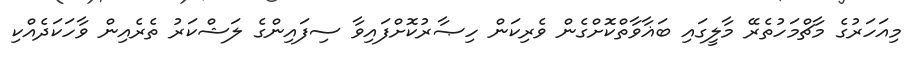
މިއަހަރުގެ މާޗްމަހުތެރޭ މާލީގައި ބަޣާވާތްކޮށްގެން ވެރިކަން ހިޞާރުކޮށްފައިވާ ސިފައިންގެ ލަޝްކަރު ތެރެއިން ވާހަކަދެއްކި